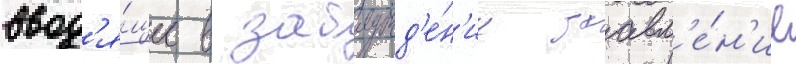
ввод'я́щее в заблужд'е́н'ие заавл'е́н'ие